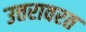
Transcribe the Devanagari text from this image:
उत्तरावरत